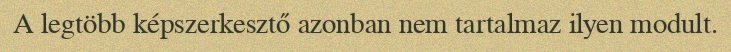
A legtöbb képszerkesztő azonban nem tartalmaz ilyen modult.